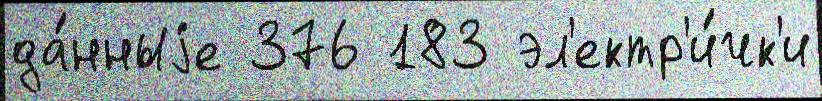
да́нныjе 376 183 эл'ектр'и́чк'и